Vaccination in Bombay 1889-1901 - 1889-1901
Year: 1889
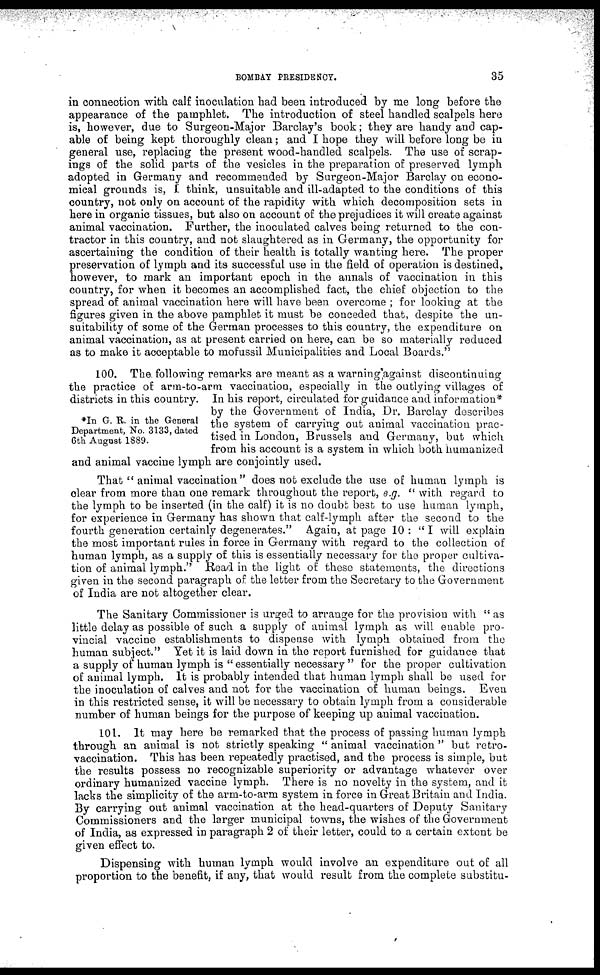
BOMBAY PRESIDENCY.
35
in connection with calf inoculation had been introduced by me long before the
appearance of the pamphlet. The introduction of steel handled scalpels here
is, however, due to Surgeon-Major Barclay's book; they are handy and cap-
able of being kept thoroughly clean; and I hope they will before long be in
general use, replacing the present wood-handled scalpels. The use of scrap-
ings of the solid parts of the vesicles in the preparation of preserved lymph
adopted in Germany and recommended by Surgeon-Major Barclay on econo-
mical grounds is, I think, unsuitable and ill-adapted to the conditions of this
country, not only on account of the rapidity with which decomposition sets in
here in organic tissues, but also on account of the prejudices it will create against
animal vaccination. Further, the inoculated calves being returned to the con-
tractor in this country, and not slaughtered as in Germany, the opportunity for
ascertaining the condition of their health is totally wanting here. The proper
preservation of lymph and its successful use in the field of operation is destined,
however, to mark an important epoch in the annals of vaccination in this
country, for when it becomes an accomplished fact, the chief objection to the
spread of animal vaccination here will have been overcome ; for looking at the
figures given in the above pamphlet it must be conceded that, despite the un¬
suitability of some of the German processes to this country, the expenditure on
animal vaccination, as at present carried on here, can be so materially reduced
as to make it acceptable to mofussil Municipalities and Local Boards."
*In G. R. in the General
Department, No. 3133, dated
6th August 1889.
100. The. following remarks are meant as a warning against discontinuing
the practice of arm-to-arm vaccination, especially in the outlying villages of
districts in this country. In his report, circulated for guidance and information*
by the Government of India, Dr. Barclay describes
the system of carrying out animal vaccination prac-
tised in London, Brussels and Germany, but which
from his account is a system in which both humanized
and animal vaccine lymph are conjointly used.
That " animal vaccination" does not exclude the use of human lymph is
clear from more than one remark throughout the report, e.g. " with regard to
the lymph to be inserted (in the calf) it is no doubt best to use human lymph,
for experience in Germany has shown that calf-lymph after the second to the
fourth generation certainly degenerates." Again, at page 10 : "I will explain
the most important rules in force in Germany with regard to the collection of
human lymph, as a supply of this is essentially necessary for the proper cultiva-
tion of animal lymph." Read in the light of these statements, the directions
given in the second paragraph of the letter from the Secretary to the Government
of India are not altogether clear.
The Sanitary Commissioner is urged to arrange for the provision with " as
little delay as possible of such a supply of animal lymph as will enable pro-
vincial vaccine establishments to dispense with lymph obtained from the
human subject." Yet it is laid down in the report furnished for guidance that
a supply of human lymph is " essentially necessary " for the proper cultivation
of animal lymph. It is probably intended that human lymph shall be used for
the inoculation of calves and not for the vaccination of human beings. Even
in this restricted sense, it will be necessary to obtain lymph from a considerable
number of human beings for the purpose of keeping up animal vaccination.
101. It may here be remarked that the process of passing human lymph
through an animal is not strictly speaking " animal vaccination " but retro-
vaccination. This has been repeatedly practised, and the process is simple, but
the results possess no recognizable superiority or advantage whatever over
ordinary humanized vaccine lymph. There is no novelty in the system, and it
lacks the simplicity of the arm-to-arm system in force in Great Britain and India.
By carrying out animal vaccination at the head-quarters of Deputy Sanitary
Commissioners and the larger municipal towns, the wishes of the Government
of India, as expressed in paragraph 2 of their letter, could to a certain extent be
given effect to.
Dispensing with human lymph would involve an expenditure out of all
proportion to the benefit, if any, that would result from the complete substitu¬